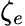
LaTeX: \zeta_{e}